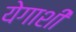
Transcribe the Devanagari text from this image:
येगाशी